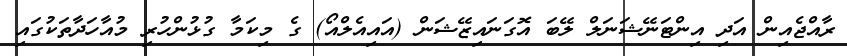
ރާއްޖެއިން އަދި އިންޓަނޭޝަނަލް ލޭބަ އޮގަނައިޒޭޝަން (އައިއެލްއޯ) ގެ މިކަމާ ގުޅުންހުރި މުއާހަދާތަކުގައި